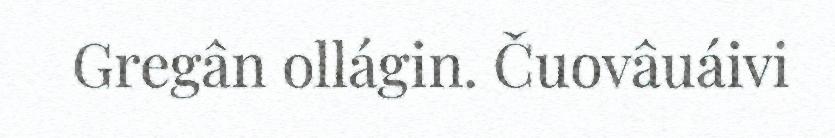
Gregân ollágin. Čuovâuáivi